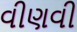
વીણવી